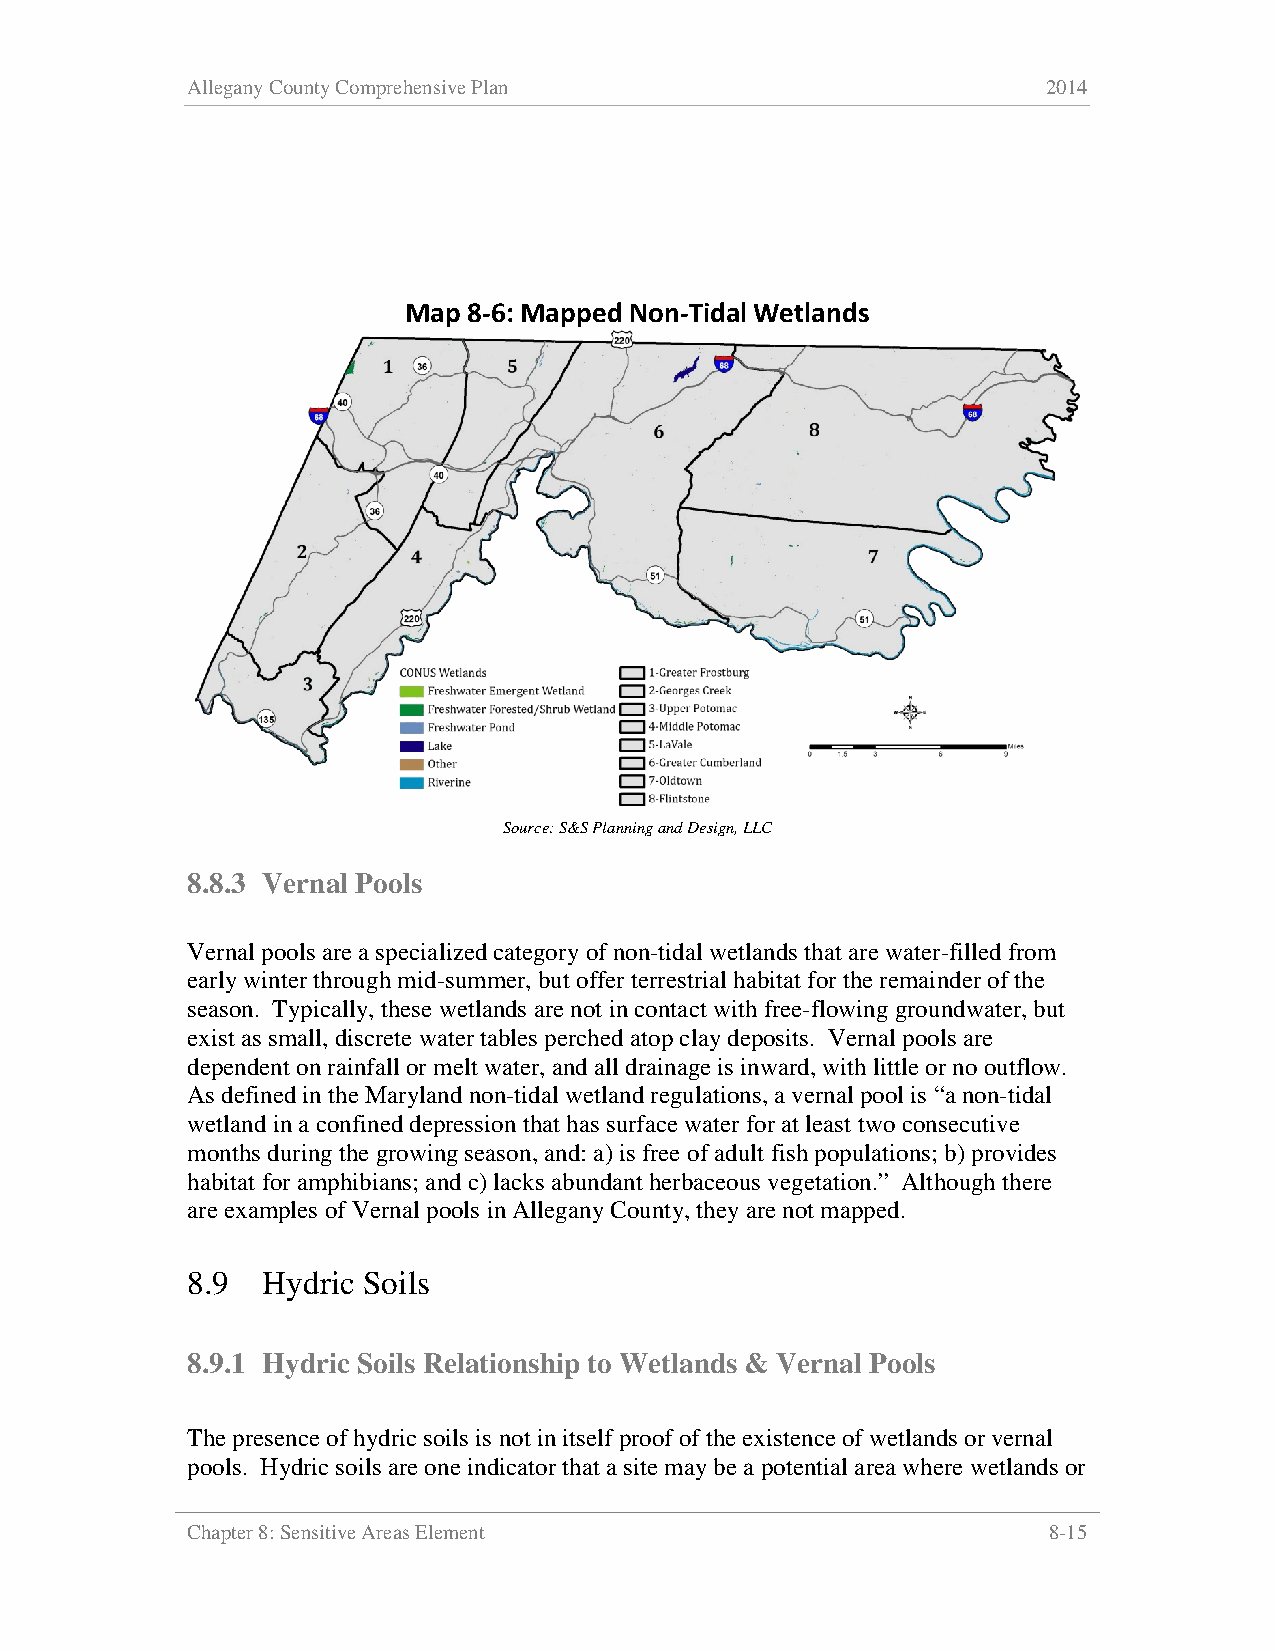
Allegany County Comprehensive Plan                       2014
 Map 8-6: Mapped Non-Tidal Wetlands
 Source: S&S Planning and Design, LLC
 8.8.3 Vernal Pools
 Vernal pools are a specialized category of non-tidal wetlands that are water-filled from
 early winter through mid-summer, but offer terrestrial habitat for the remainder of the
 season. Typically, these wetlands are not in contact with free-flowing groundwater, but
 exist as small, discrete water tables perched atop clay deposits. Vernal pools are
 dependent on rainfall or melt water, and all drainage is inward, with little or no outflow.
 As defined in the Maryland non-tidal wetland regulations, a vernal pool is “a non-tidal
 wetland in a confined depression that has surface water for at least two consecutive
 months during the growing season, and: a) is free of adult fish populations; b) provides
 habitat for amphibians; and c) lacks abundant herbaceous vegetation.” Although there
 are examples of Vernal pools in Allegany County, they are not mapped.
 8.9  Hydric Soils
 8.9.1 Hydric Soils Relationship to Wetlands & Vernal Pools
 The presence of hydric soils is not in itself proof of the existence of wetlands or vernal
 pools. Hydric soils are one indicator that a site may be a potential area where wetlands or
 Chapter 8: Sensitive Areas Element                       8-15